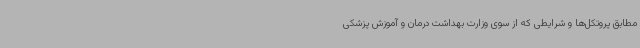
مطابق پروتکل‌ها و شرایطی که از سوی وزارت بهداشت درمان و آموزش پزشکی